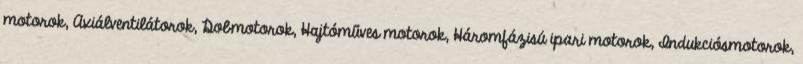
motorok, Axiálventilátorok, Dobmotorok, Hajtóműves motorok, Háromfázisú ipari motorok, Indukciósmotorok,